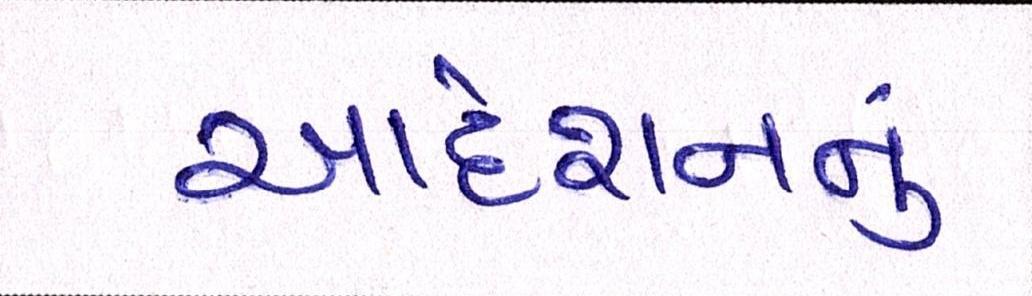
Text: આદેશનનું